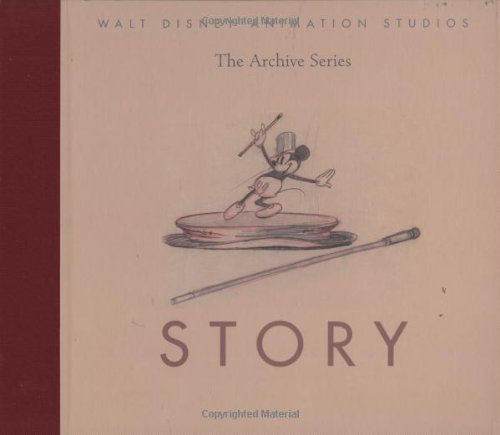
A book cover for Walt Disney Animation Studios The Archive Series: Story (Walt Disney Animation Archives); Walt Disney Feature Animation Department; Arts & Photography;